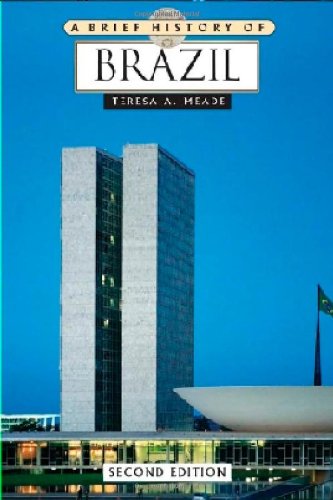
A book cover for A Brief History of Brazil; Teresa A. Meade; Children's Books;